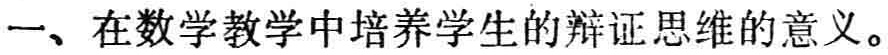
一、在数学教学中培养学生的辩证思维的意义。